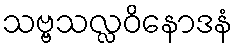
သဗ္ဗသလ္လဝိနောဒနံ